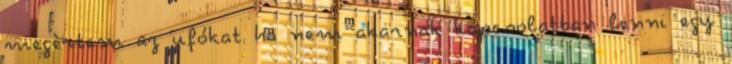
megèrtem az ufókat ha nem akarnak kapcsolatban lenni egy